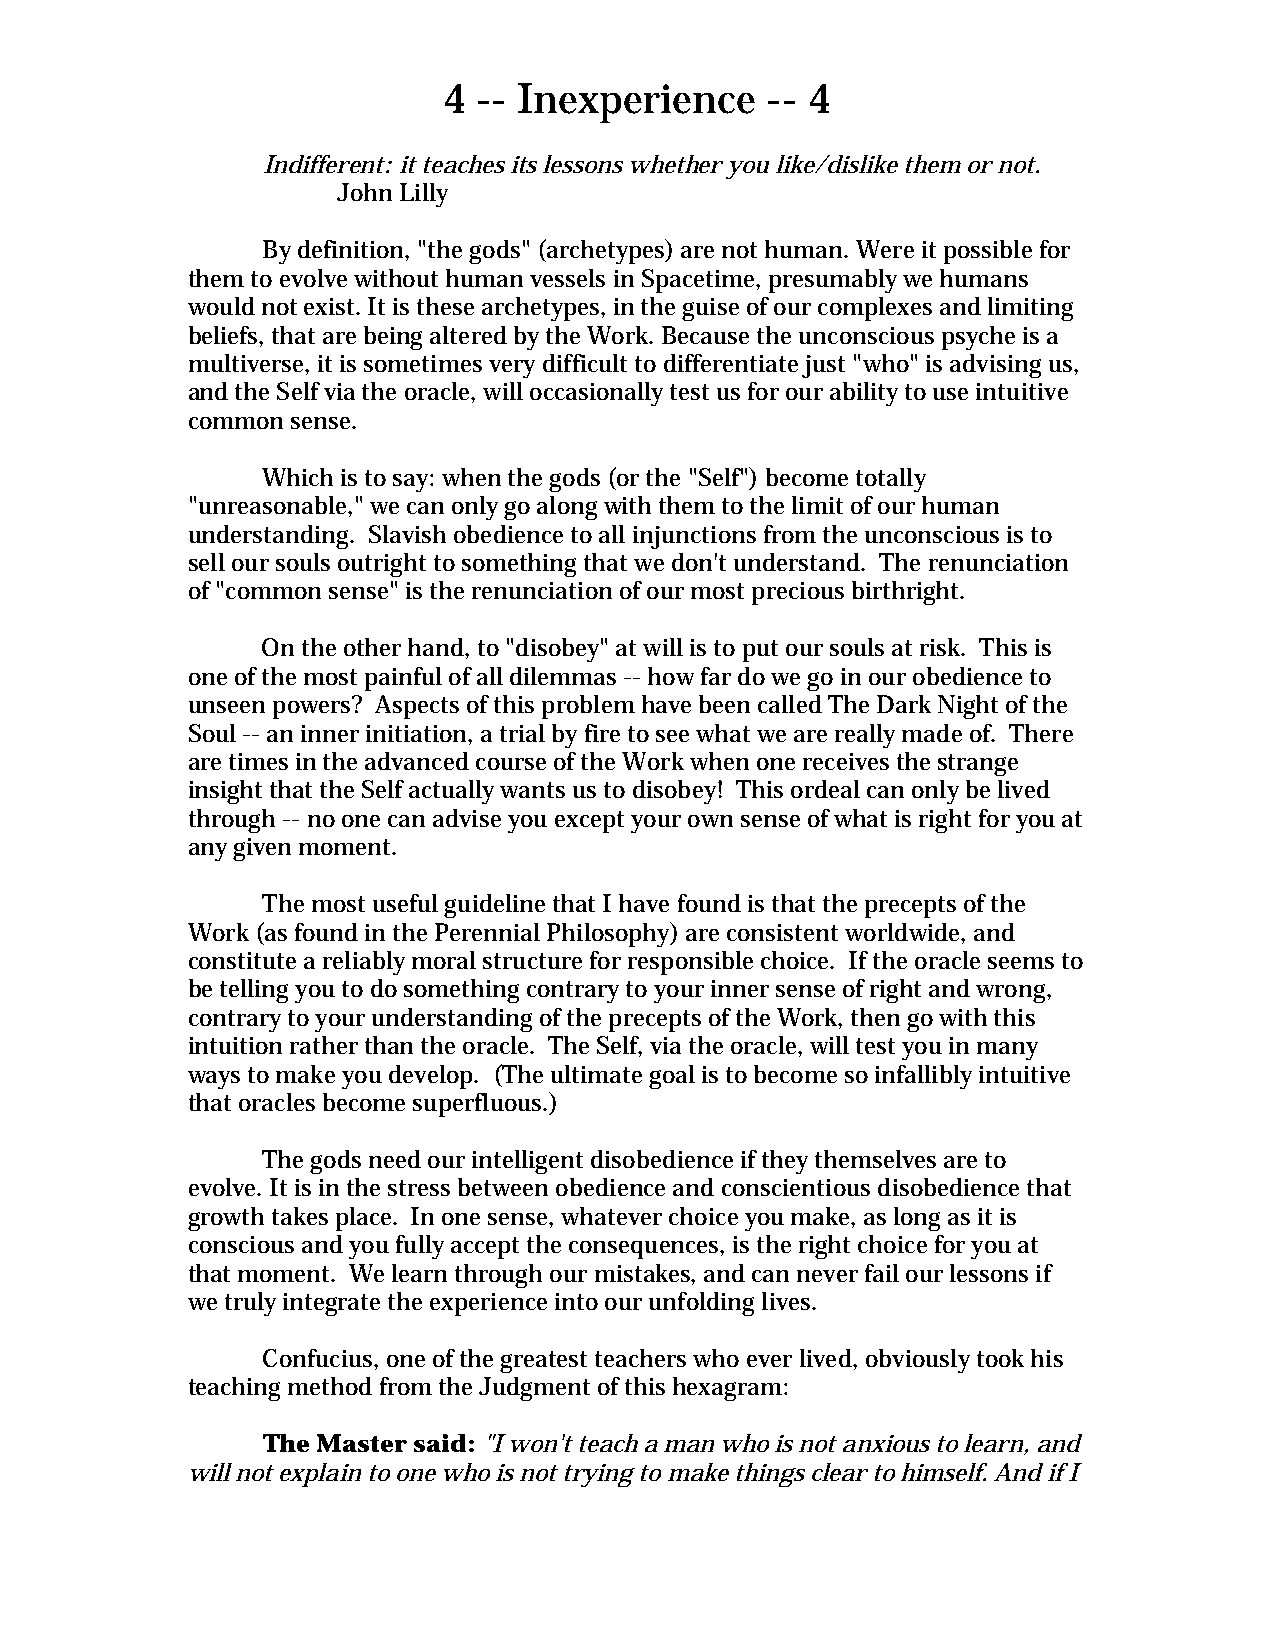
4  -- Inexperience    -- 4
 Indifferent: it teaches its lessons whether you like/dislike them or not.
 John Lilly
 By definition, "the gods" (archetypes) are not human. Were it possible for
 them to evolve without human vessels in Spacetime, presumably we humans
 would not exist. It is these archetypes, in the guise of our complexes and limiting
 beliefs, that are being altered by the Work. Because the unconscious psyche is a
 multiverse, it is sometimes very difficult to differentiate just "who" is advising us,
 and the Self via the oracle, will occasionally test us for our ability to use intuitive
 common sense.
 Which is to say: when the gods (or the "Self") become totally
 "unreasonable," we can only go along with them to the limit of our human
 understanding. Slavish obedience to all injunctions from the unconscious is to
 sell our souls outright to something that we don't understand. The renunciation
 of "common sense" is the renunciation of our most precious birthright.
 On the other hand, to "disobey" at will is to put our souls at risk. This is
 one of the most painful of all dilemmas -- how far do we go in our obedience to
 unseen powers? Aspects of this problem have been called The Dark Night of the
 Soul -- an inner initiation, a trial by fire to see what we are really made of. There
 are times in the advanced course of the Work when one receives the strange
 insight that the Self actually wants us to disobey! This ordeal can only be lived
 through -- no one can advise you except your own sense of what is right for you at
 any given moment.
 The most useful guideline that I have found is that the precepts of the
 Work (as found in the Perennial Philosophy) are consistent worldwide, and
 constitute a reliably moral structure for responsible choice. If the oracle seems to
 be telling you to do something contrary to your inner sense of right and wrong,
 contrary to your understanding of the precepts of the Work, then go with this
 intuition rather than the oracle. The Self, via the oracle, will test you in many
 ways to make you develop. (The ultimate goal is to become so infallibly intuitive
 that oracles become superfluous.)
 The gods need our intelligent disobedience if they themselves are to
 evolve. It is in the stress between obedience and conscientious disobedience that
 growth takes place. In one sense, whatever choice you make, as long as it is
 conscious and you fully accept the consequences, is the right choice for you at
 that moment. We learn through our mistakes, and can never fail our lessons if
 we truly integrate the experience into our unfolding lives.
 Confucius, one of the greatest teachers who ever lived, obviously took his
 teaching method from the Judgment of this hexagram:
 The Master said: "I won't teach a man who is not anxious to learn, and
 will not explain to one who is not trying to make things clear to himself. And if I